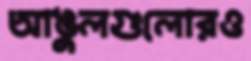
আঙুলগুলোরও